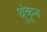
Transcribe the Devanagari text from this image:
थुंकून